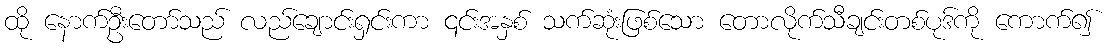
ထို နောက်ဦးတော်သည် လည်ချောင်းရှင်းကာ ၎င်းအနှစ် သက်ဆုံးဖြစ်သော တောလိုက်သီချင်းတစ်ပုဒ်ကို ကောက်၍